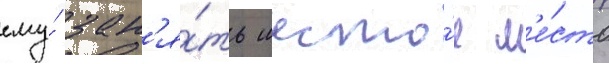
ему́ зан'я́ть шесто́е м'е́сто